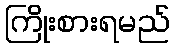
ကြိုးစားရမည်